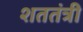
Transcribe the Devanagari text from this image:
शततंत्री